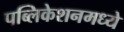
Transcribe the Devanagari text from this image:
पब्लिकेशनमध्ये